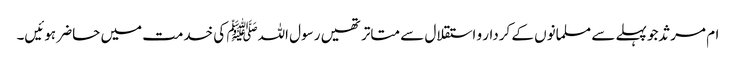
ام مرثد جو پہلے سے مسلمانوں کے کردار و استقلال سے متاتر تھیں رسول اللہﷺ کی خدمت میں حاضر ہوئیں۔